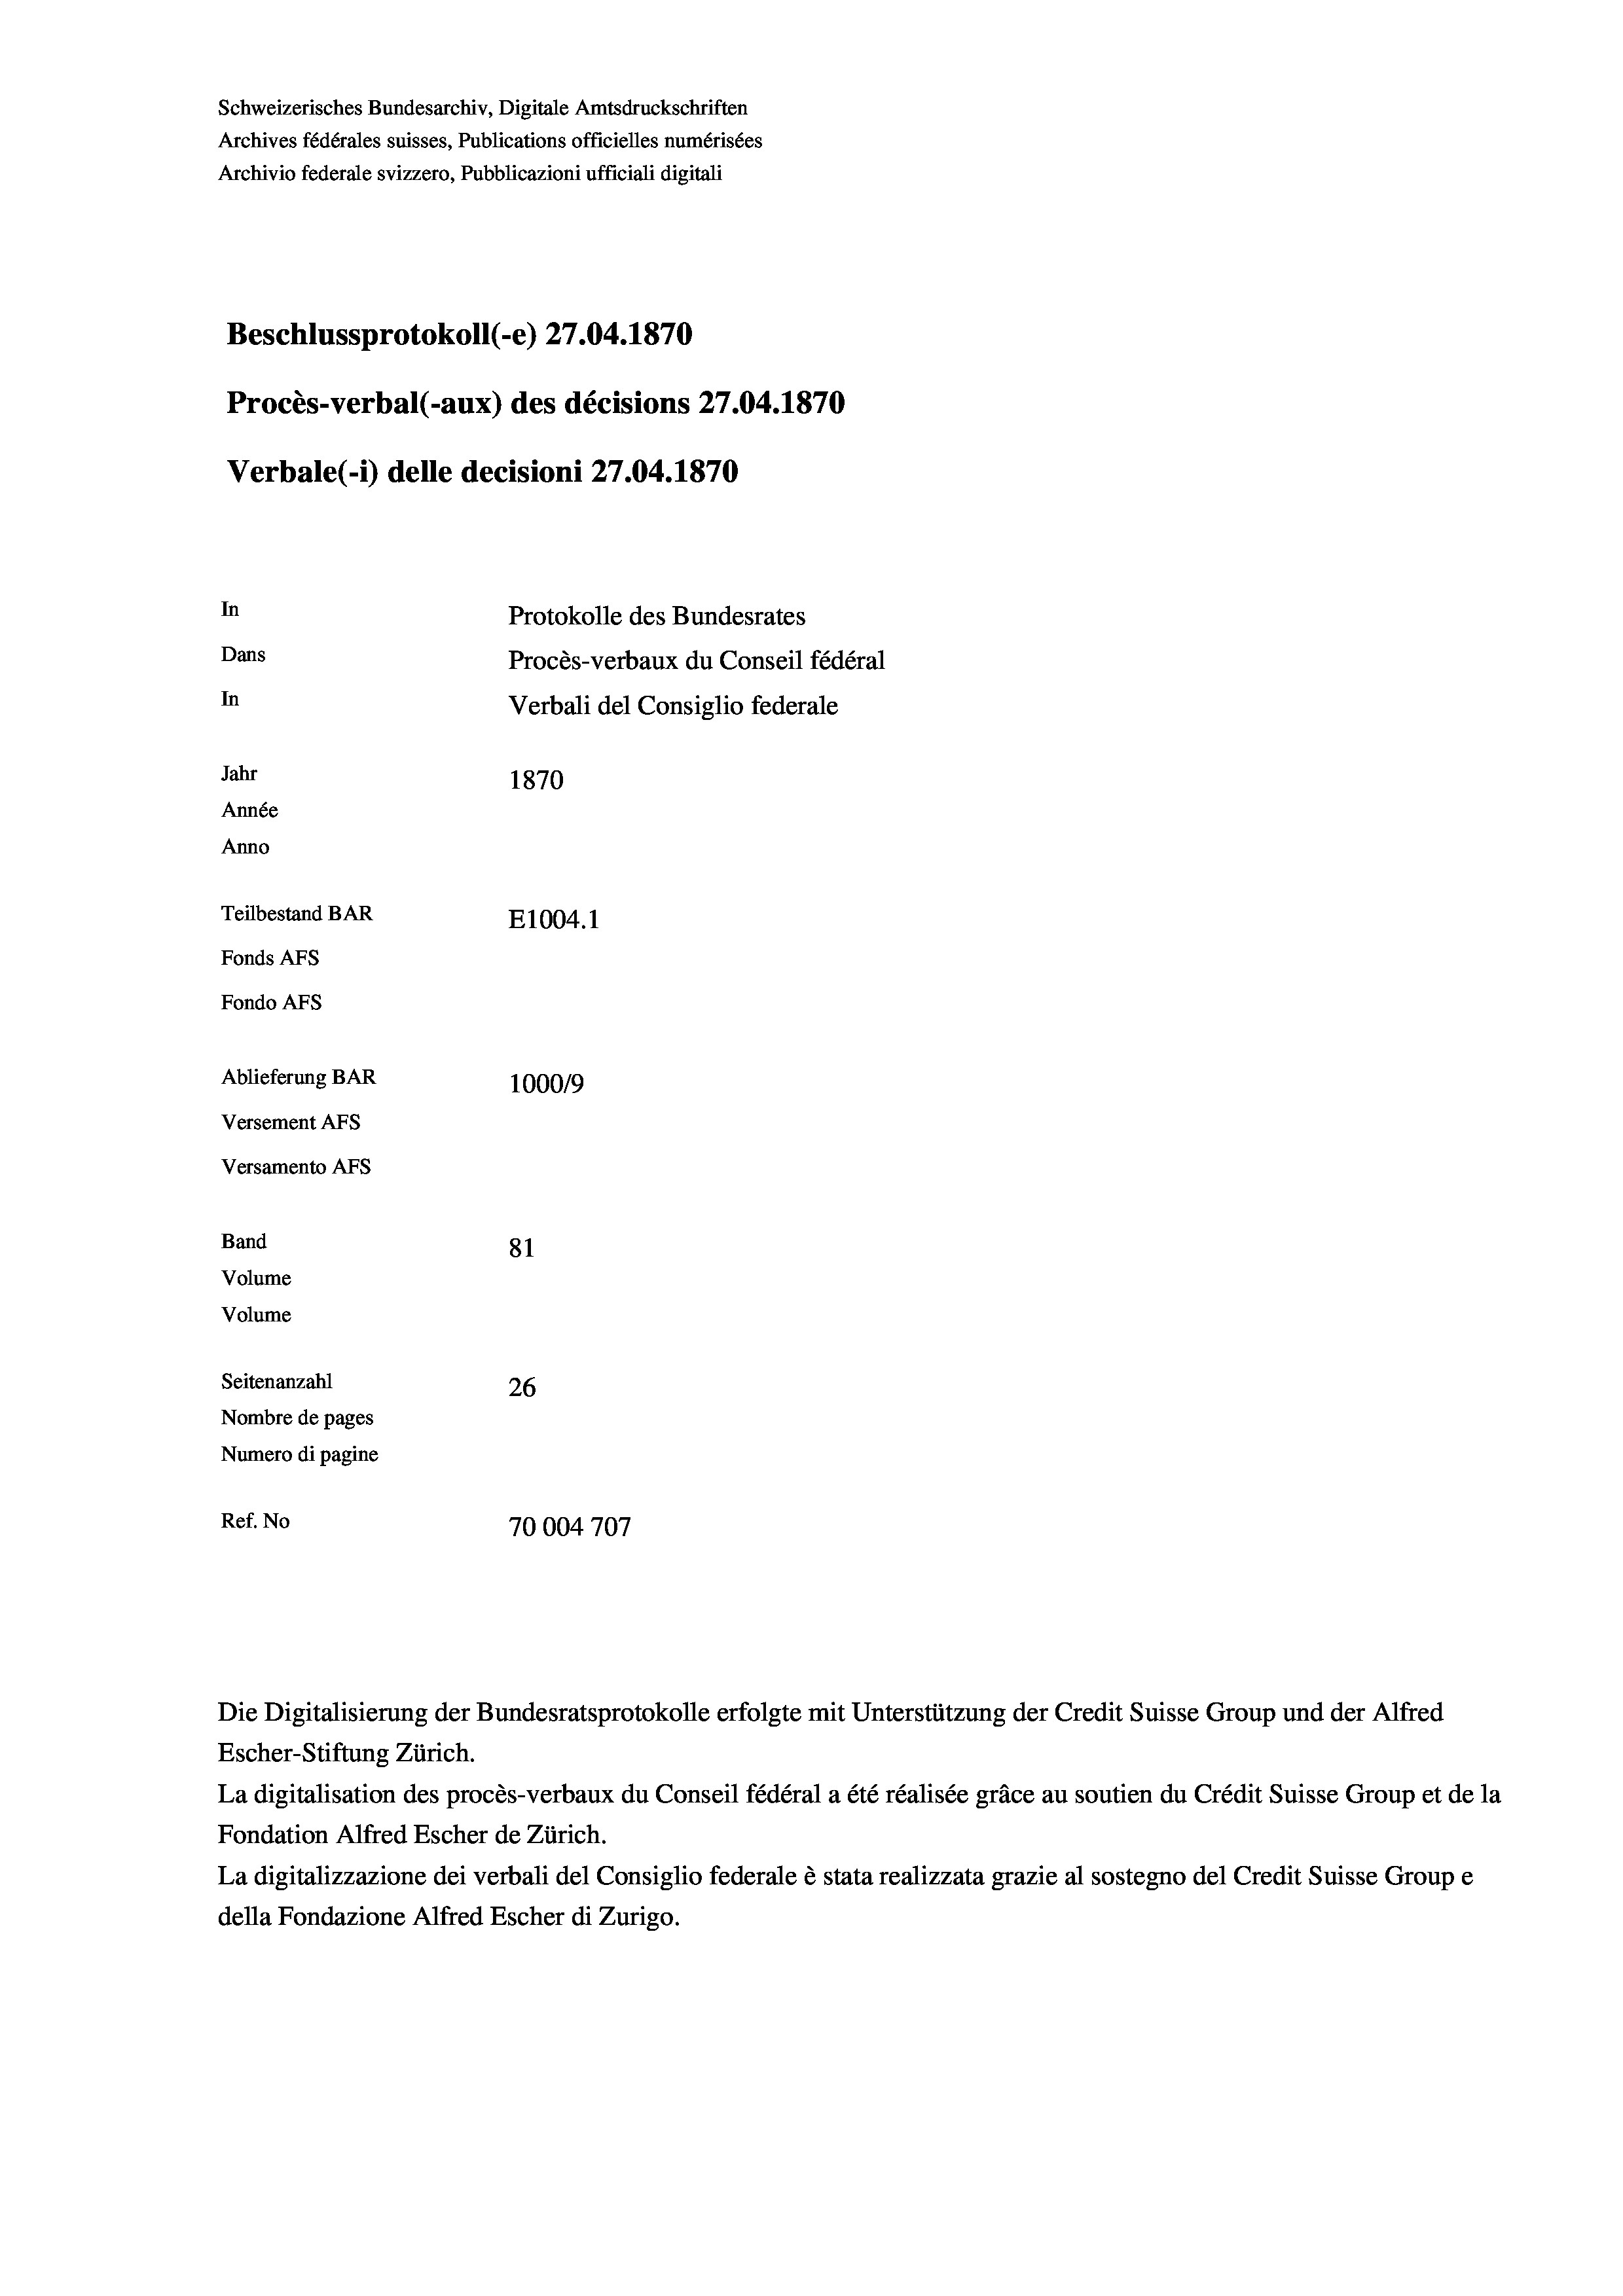
Schweizerisches Bundesarchiv, Digitale Amtsdruckschriften
Archives fédérales suisses, Publications officielles numérisées
Archivio federale svizzero, Pubblicazioni ufficiali digitali
Beschlussprotokoll (-e) 27.04. 1870
Procès-verbal (-aux) des décisions 27.04. 1870
Verbale(-*) delle decisioni 27.04. 1870
In
Protokolle des Bundesrates
Dans
Procès-verbaux du Conseil fédéral
In
Verbali del Consiglio federale
Jahr
1870
Année
Anno
Teilbestand BAR
E1004.1
Fonds AFs
Fondo AFs
Ablieferung BAR
100019
Versement Abs
Versamento Afs
Band
81
Volume
Volume

Seitenanzahl
26
Nombre de pages
Numero di pagine
Ref. No
70004707

La digitalisation des procès-verbaux du Conseil fédéral a été réalisée gräce au soutien du Crédit Suisse Group et de la
Fondation Alfred Escher de Zürich.
La digitalizzazione dei verbali del Consiglio federale è stata realizzata grazie al sostegno del Credit Suisse Groupe
della Fondazione Alfred Escher di Zurigo.

Escher-Stiftung Zürich.

Die Digitalisierung der Bundesratsprotokolle erfolgte mit Unterstützung der Credit Suisse Group und der Alfred